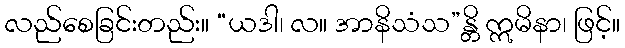
လည်စေခြင်းတည်း။ “ယဒါ၊ လ။ အာနိသံသ”န္တိ ဣမိနာ၊ ဖြင့်။